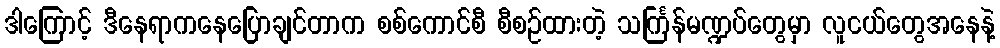
ဒါကြောင့် ဒီနေရာကနေပြောချင်တာက စစ်ကောင်စီ စီစဉ်ထားတဲ့ သင်္ကြန်မဏ္ဍပ်တွေမှာ လူငယ်တွေအနေနဲ့